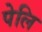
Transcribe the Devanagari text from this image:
पेलि